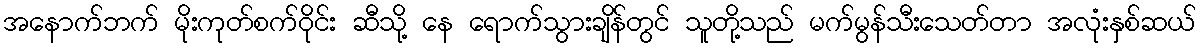
အနောက်ဘက် မိုးကုတ်စက်ဝိုင်း ဆီသို့ နေ ရောက်သွားချိန်တွင် သူတို့သည် မက်မွန်သီးသေတ်တာ အလုံးနှစ်ဆယ်